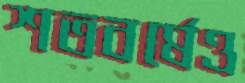
শতবর্ষেও